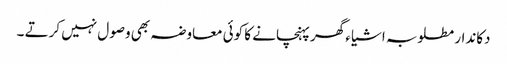
دکاندار مطلوبہ اشیا ء گھر پہنچانے کا کوئی معاوضہ بھی وصول نہیں کرتے ۔